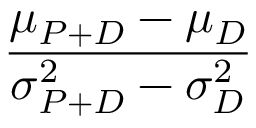
\frac { \mu _ { P + D } - \mu _ { D } } { \sigma _ { P + D } ^ { 2 } - \sigma _ { D } ^ { 2 } }